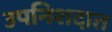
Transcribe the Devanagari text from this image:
उपनिशदात